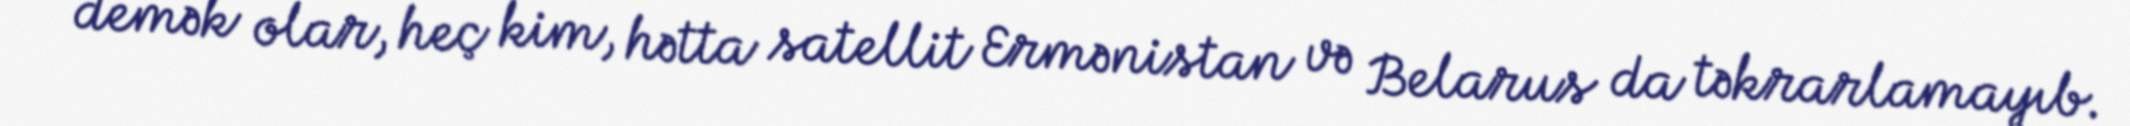
demək olar, heç kim, hətta satellit Ermənistan və Belarus da təkrarlamayıb.